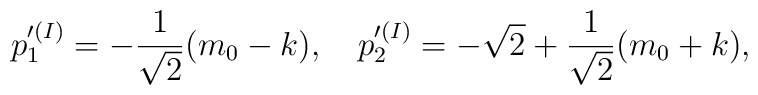
p'^{(I)}_1=-\frac{1}{\sqrt{2}}(m_0-k),~~~p'^{(I)}_2=-\sqrt{2}+\frac{1}{\sqrt{2}}(m_0+k),